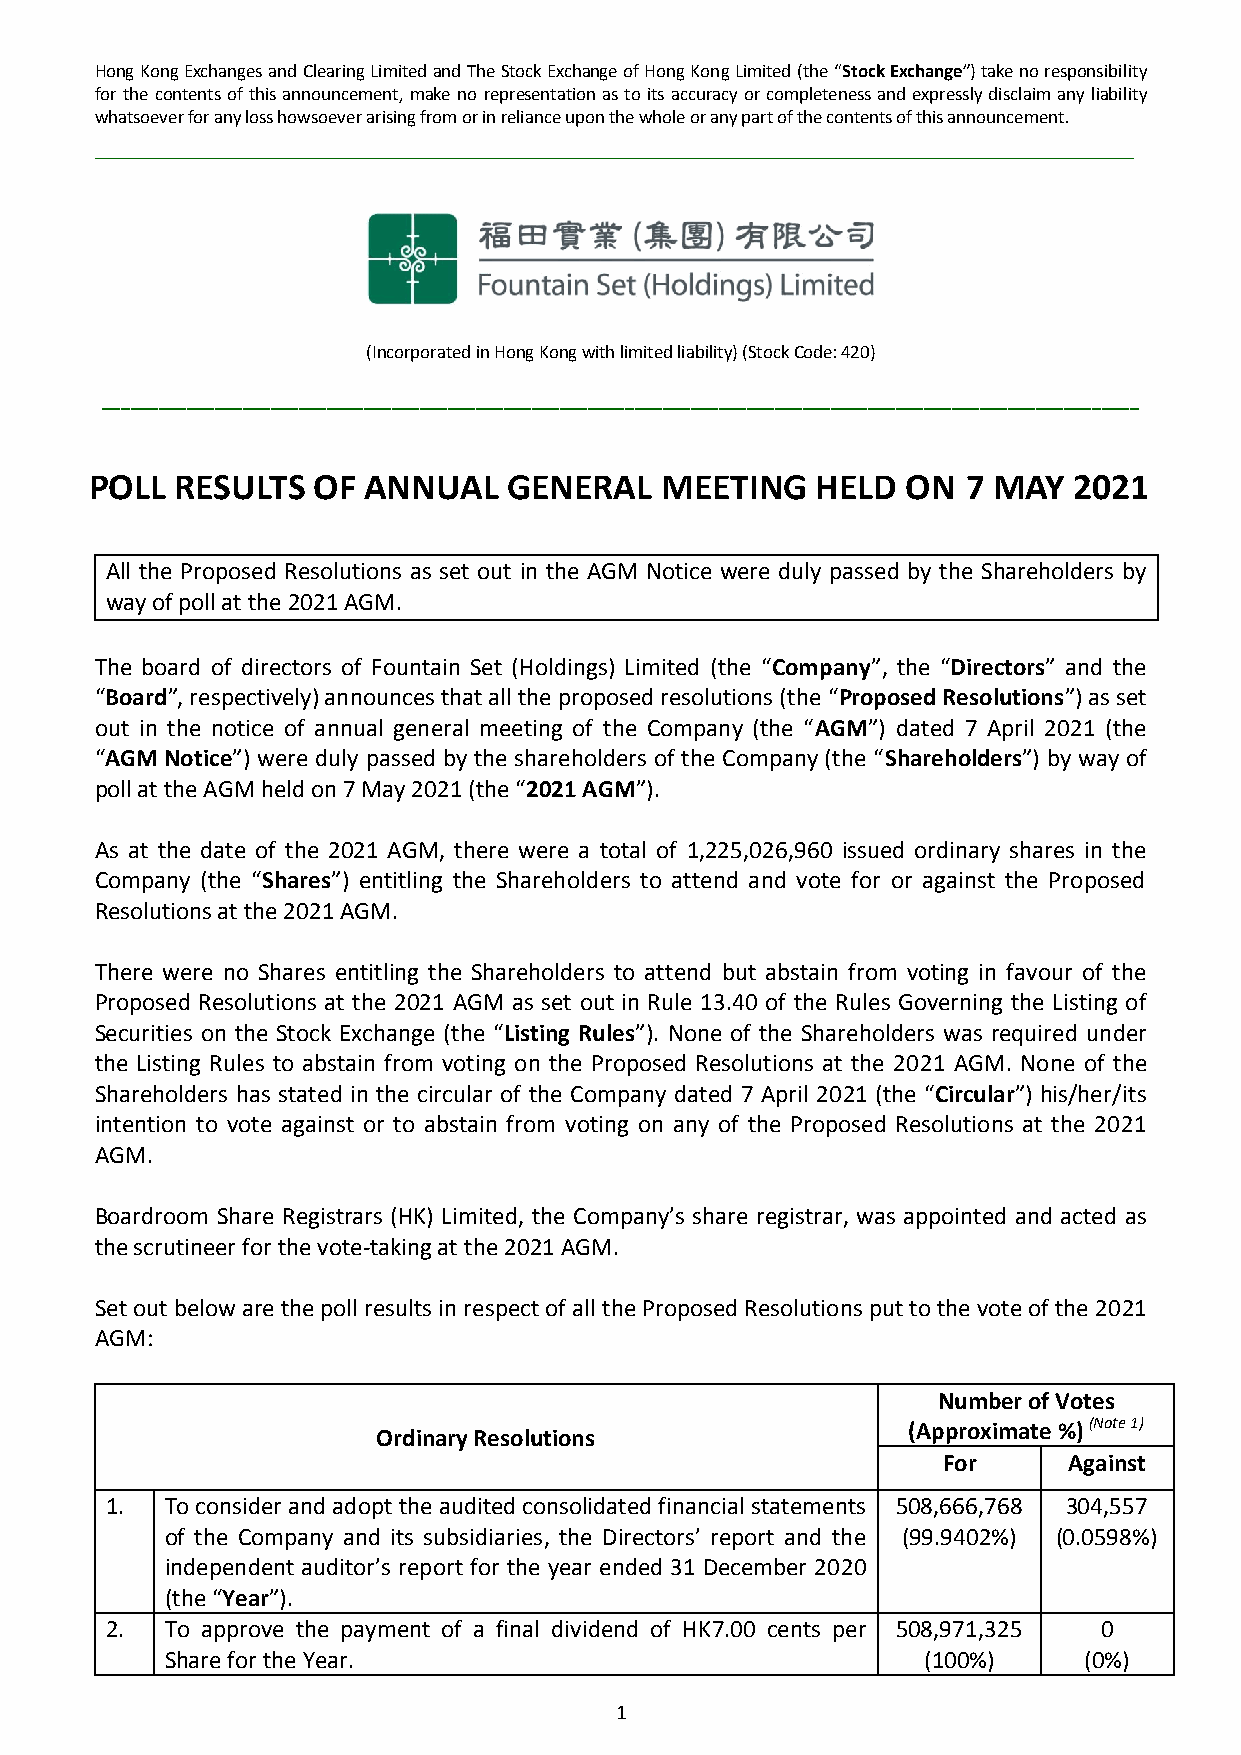
Hong Kong Exchanges and Clearing Limited and The Stock Exchange of Hong Kong Limited (the “Stock Exchange”) take no responsibility
 for the contents of this announcement, make no representation as to its accuracy or completeness and expressly disclaim any liability
 whatsoever for any loss howsoever arising from or in reliance upon the whole or any part of the contents of this announcement.
 ___________________________________________________________________________________________
 (Incorporated in Hong Kong with limited liability) (Stock Code: 420)
 _______________________________________________________________________________________________________________
 POLL  RESULTS  OF ANNUAL    GENERAL   MEETING   HELD  ON  7 MAY  2021
 All the Proposed Resolutions as set out in the AGM Notice were duly passed by the Shareholders by
 way of poll at the 2021 AGM.
 The board of directors of Fountain Set (Holdings) Limited (the “Company”, the “Directors” and the
 “Board”, respectively) announces that all the proposed resolutions (the “Proposed Resolutions”) as set
 out in the notice of annual general meeting of the Company (the “AGM”) dated 7 April 2021 (the
 “AGM Notice”) were duly passed by the shareholders of the Company (the “Shareholders”) by way of
 poll at the AGM held on 7 May 2021 (the “2021 AGM”).
 As at the date of the 2021 AGM, there were a total of 1,225,026,960 issued ordinary shares in the
 Company (the “Shares”) entitling the Shareholders to attend and vote for or against the Proposed
 Resolutions at the 2021 AGM.
 There were no Shares entitling the Shareholders to attend but abstain from voting in favour of the
 Proposed Resolutions at the 2021 AGM as set out in Rule 13.40 of the Rules Governing the Listing of
 Securities on the Stock Exchange (the “Listing Rules”). None of the Shareholders was required under
 the Listing Rules to abstain from voting on the Proposed Resolutions at the 2021 AGM. None of the
 Shareholders has stated in the circular of the Company dated 7 April 2021 (the “Circular”) his/her/its
 intention to vote against or to abstain from voting on any of the Proposed Resolutions at the 2021
 AGM.
 Boardroom Share Registrars (HK) Limited, the Company’s share registrar, was appointed and acted as
 the scrutineer for the vote-taking at the 2021 AGM.
 Set out below are the poll results in respect of all the Proposed Resolutions put to the vote of the 2021
 AGM:
 Number of Votes
 (Approximate %) (Note 1)
 Ordinary Resolutions
 For      Against
 1.  To consider and adopt the audited consolidated financial statements 508,666,768 304,557
 of the Company and its subsidiaries, the Directors’ report and the (99.9402%) (0.0598%)
 independent auditor’s report for the year ended 31 December 2020
 (the “Year”).
 2.  To approve the payment of a final dividend of HK7.00 cents per 508,971,325 0
 Share for the Year.                               (100%)     (0%)
 1